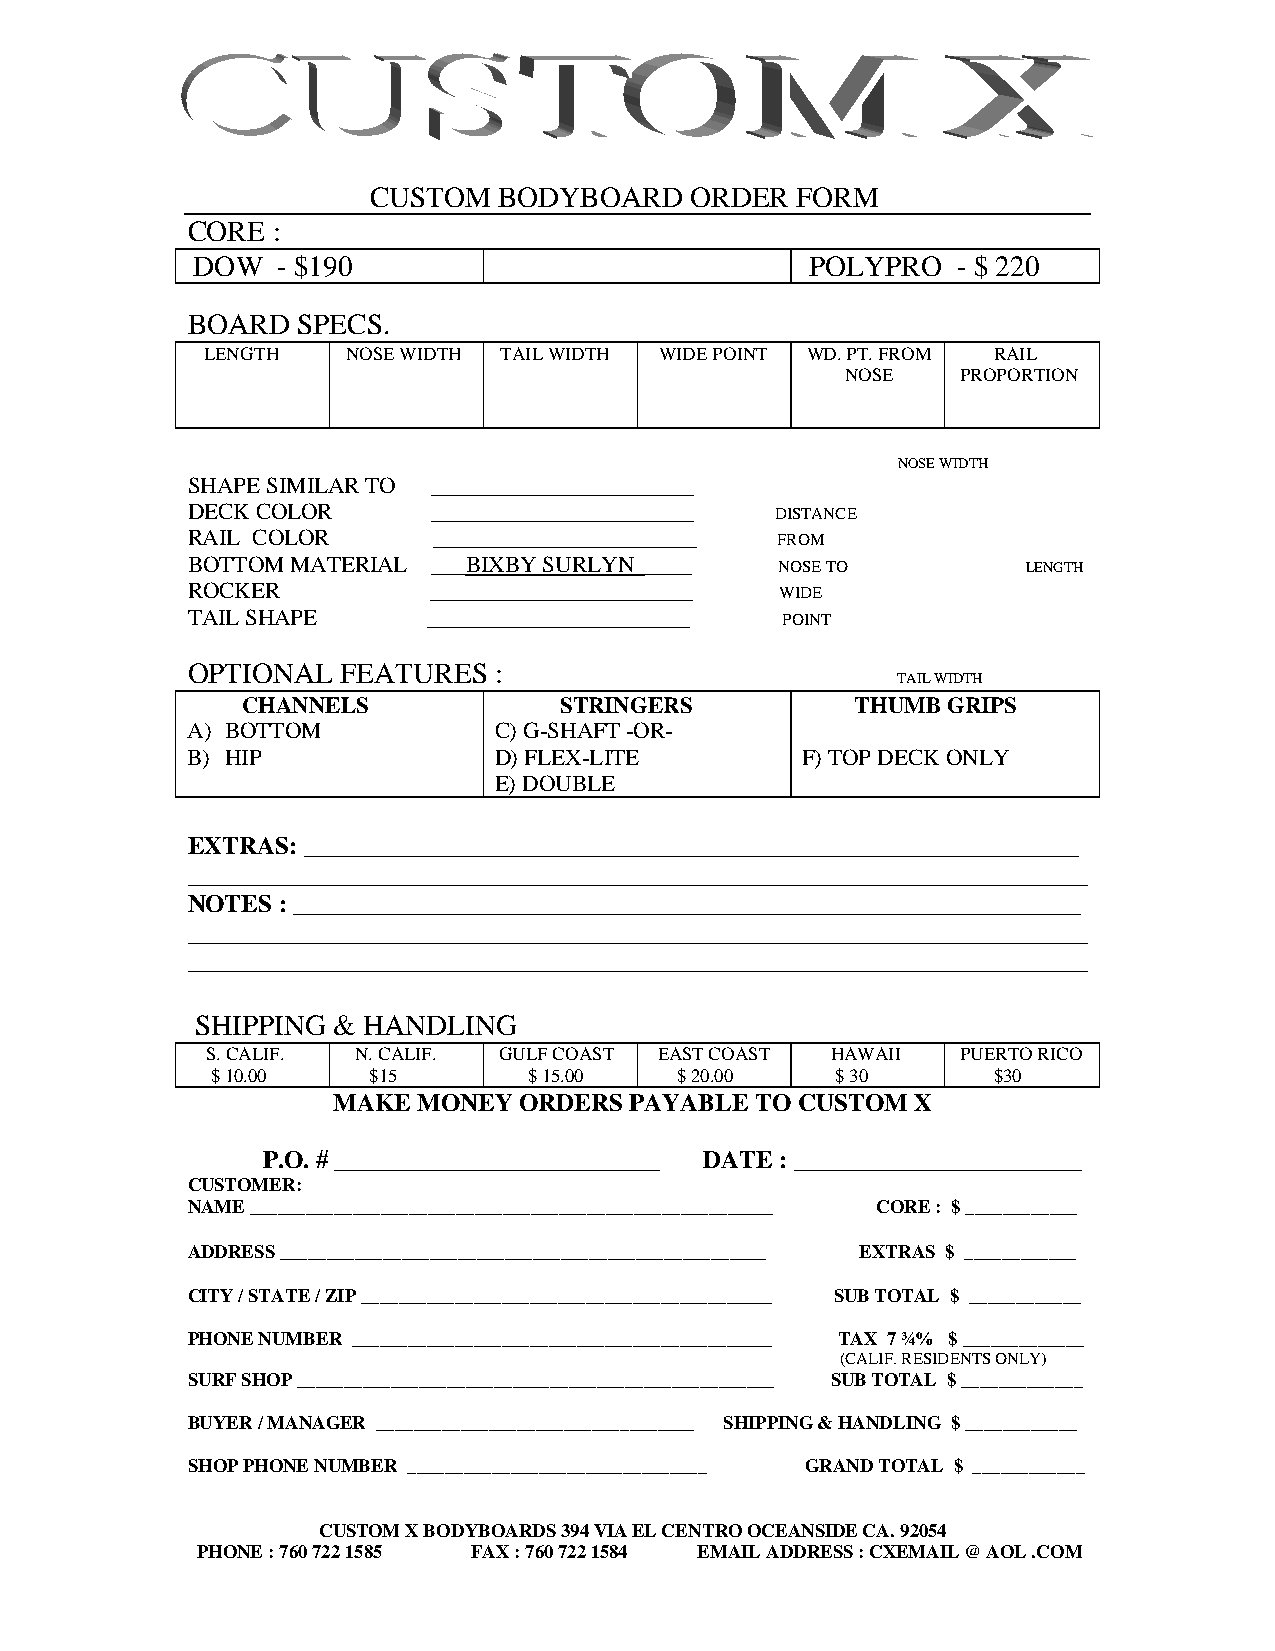
CUSTOM   BODYBOARD    ORDER  FORM
 CORE  :
 DOW  - $190                              POLYPRO  - $ 220
 BOARD   SPECS.
 LENGTH   NOSE WIDTH TAIL WIDTH WIDE POINT WD. PT. FROM RAIL
 NOSE    PROPORTION
 NOSE WIDTH
 SHAPE SIMILAR TO _______________________
 DECK COLOR       _______________________ DISTANCE
 RAIL COLOR       _______________________ FROM
 BOTTOM MATERIAL  ___BIXBY SURLYN_____   NOSE TO         LENGTH
 ROCKER          _______________________ WIDE
 TAIL SHAPE      _______________________ POINT
 OPTIONAL   FEATURES  :
 TAIL WIDTH
 CHANNELS             STRINGERS           THUMB GRIPS
 A) BOTTOM            C) G-SHAFT -OR-
 B) HIP               D) FLEX-LITE        F) TOP DECK ONLY
 E) DOUBLE
 EXTRAS: ______________________________________________________________
 ________________________________________________________________________
 NOTES : _______________________________________________________________
 ________________________________________________________________________
 ________________________________________________________________________
 SHIPPING & HANDLING
 S. CALIF. N. CALIF. GULF COAST EAST COAST HAWAII  PUERTO RICO
 $ 10.00   $15        $ 15.00   $ 20.00   $ 30       $30
 MAKE  MONEY ORDERS  PAYABLE TO CUSTOM  X
 P.O. # __________________________ DATE : _______________________
 CUSTOMER:
 NAME ________________________________________________________ CORE : $ ____________
 ADDRESS ____________________________________________________ EXTRAS $ ____________
 CITY / STATE / ZIP ____________________________________________ SUB TOTAL $ ____________
 PHONE NUMBER _____________________________________________ TAX 7 ¾% $ _____________
 (CALIF. RESIDENTS ONLY)
 SURF SHOP ___________________________________________________ SUB TOTAL $ _____________
 BUYER / MANAGER __________________________________ SHIPPING & HANDLING $ ____________
 SHOP PHONE NUMBER ________________________________ GRAND TOTAL $ ____________
 CUSTOM X BODYBOARDS 394 VIA EL CENTRO OCEANSIDE CA. 92054
 PHONE : 760 722 1585 FAX : 760 722 1584 EMAIL ADDRESS : CXEMAIL @ AOL .COM